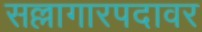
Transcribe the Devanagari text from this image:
सल्लागारपदावर